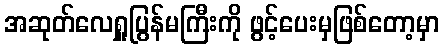
အဆုတ်လေရှူပြွန်မကြီးကို ဖွင့်ပေးမှဖြစ်တော့မှာ